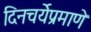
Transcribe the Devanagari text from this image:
दिनचर्येप्रमाणे